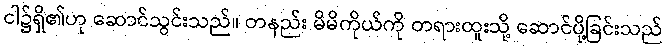
ငါ၌ရှိ၏ဟု ဆောင်သွင်းသည်။ တနည်း မိမိကိုယ်ကို တရားထူးသို့ ဆောင်ပို့ခြင်းသည်